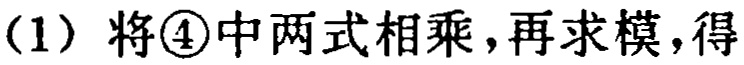
(1) 将\textcircled{4}中两式相乘，再求模，得